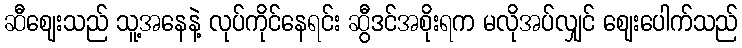
ဆီဈေးသည် သူ့အနေနဲ့ လုပ်ကိုင်နေရင်း ဆွီဒင်အစိုးရက မလိုအပ်လျှင် ဈေးပေါက်သည်